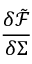
\frac { \delta \tilde { \mathcal { F } } } { \delta \Sigma }